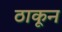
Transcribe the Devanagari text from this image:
ठाकून